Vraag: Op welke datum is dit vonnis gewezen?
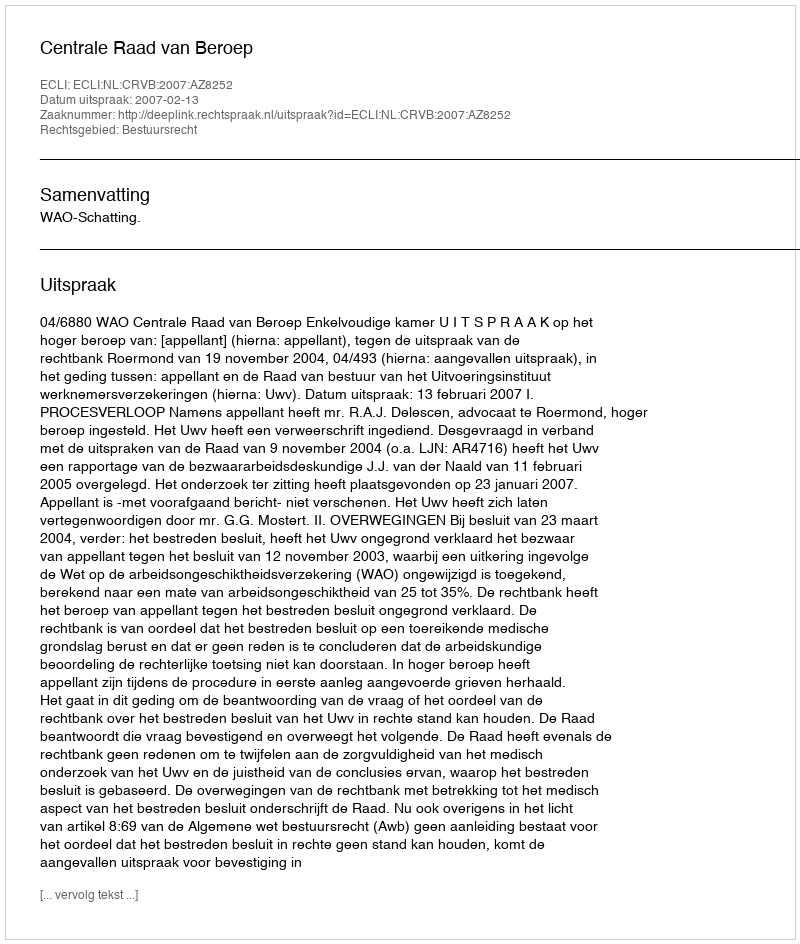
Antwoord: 2007-02-13